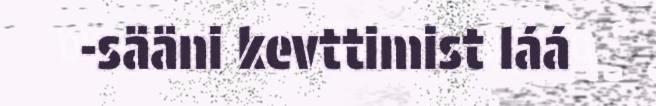
-sääni kevttimist láá